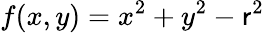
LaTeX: f(x,y)=x^{2}+y^{2}-\mathsf{r}^{2}